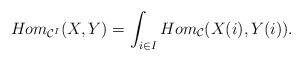
LaTeX: \begin{align*}Hom_{\mathcal{C}^I}(X,Y)=\int_{i\in I}Hom_{\mathcal{C}}(X(i),Y(i)).\end{align*}